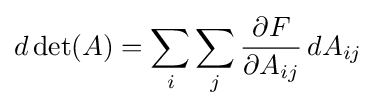
d\det(A)=\sum _{i}\sum _{j}{\partial F \over \partial A_{ij}}\,dA_{ij}